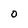
Character: 0